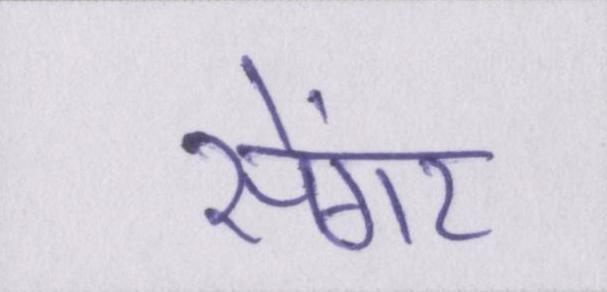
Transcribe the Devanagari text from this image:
सेंगर